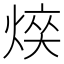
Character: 𤋋